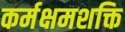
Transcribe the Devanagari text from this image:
कर्मक्षमशक्ति